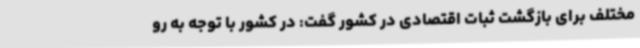
مختلف برای بازگشت ثبات اقتصادی در کشور گفت: در کشور با توجه به رو